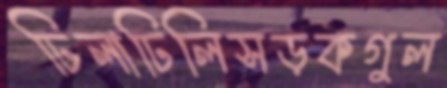
ঢিলাঢিলিসড়কগুল